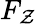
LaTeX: F_{\mathcal{Z}}